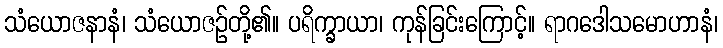
သံယောဇနာနံ၊ သံယောဇဉ်တို့၏။ ပရိက္ခာယာ၊ ကုန်ခြင်းကြောင့်။ ရာဂဒေါသမောဟာနံ၊